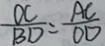
\frac { D C } { B D } = \frac { A C } { O D }